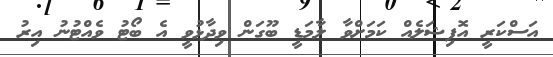
އަސްކަރީ އޮފިޝަލެއް ކަމަށްވާ ލާމަޑީ ބޫގަން ވިދާޅުވީ އެ ބޯޓު ވެއްޓުނު އިރު